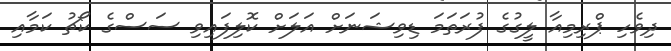
ދިވެހި ޕްރިމިއާ ލީގުގެ ފުރަތަމަ ޑިވިޝަނަށް އަލަށް ކޮލިފައިވި ސަސްގެ ކޯޗު ކަމާއި